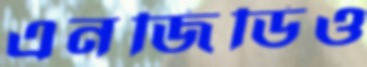
এনজিডিও